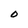
Character: O